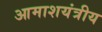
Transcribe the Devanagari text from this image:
आमाशयंत्रीय